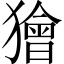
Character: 獪